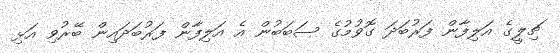
ޗިލީގެ އަލިފާން ފަރުބަދަ ގޮވުމުގެ ސަބަބުން އެ އަލިފާން ފަރުބަދައިން ބޭރުވި އަޅި